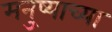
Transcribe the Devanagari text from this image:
मनु्ष्याच्या